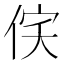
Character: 𬾔